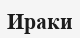
Ираки